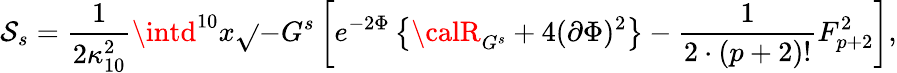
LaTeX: \mathcal{S}_{s}={\frac{{1}}{{2\kappa_{10}^{2}}}}\intd^{10}x\sqrt{}{{-G^{s}}}\left[e^{-2\Phi}\left\{ {\calR}_{G^{s}}+4(\partial\Phi)^{2}\right\} -{\frac{{1}}{{2\cdot(p+2)!}}}F_{p+2}^{2}\right],